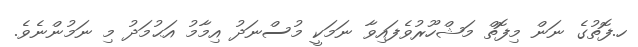
ހ.ފޮތުގެ ނަން މިފޮތް މަޝްހޫރުވެފައިވާ ނަމަކީ މުސްނަދު އިމާމު އަޙުމަދު މި ނަމުންނެވެ.